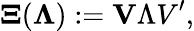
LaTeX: {\mathbf\Xi}({\mathbf\Lambda}):={\mathbf V\Lambda V}^{\prime},